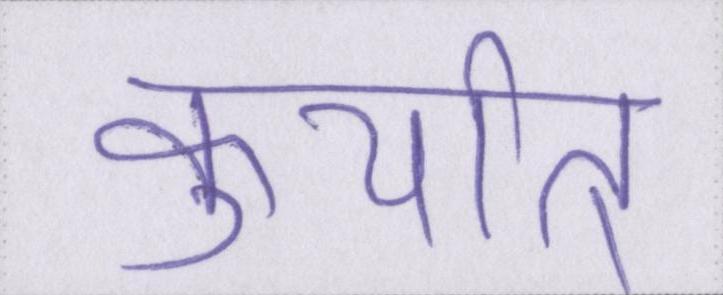
कुर्यात्